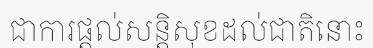
ជាការផ្តល់សន្តិសុខដល់ជាតិនោះ